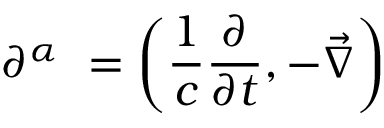
\partial ^ { \alpha } \ = \left( { \frac { 1 } { c } } { \frac { \partial } { \partial t } } , - { \vec { \nabla } } \right)